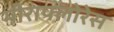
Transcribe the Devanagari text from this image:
मीराफ्लोरेस